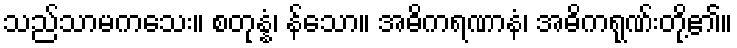
သည်သာမကသေး။ စတုန္နံ၊ န်သော။ အဓိကရဏာနံ၊ အဓိကရုဏ်းတို့၏။